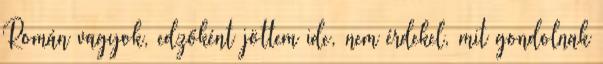
Román vagyok, edzőként jöttem ide, nem érdekel, mit gondolnak